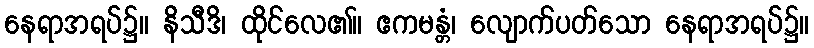
နေရာအရပ်၌။ နိသီဒိ၊ ထိုင်လေ၏။ ဧကမန္တံ၊ လျောက်ပတ်သော နေရာအရပ်၌။